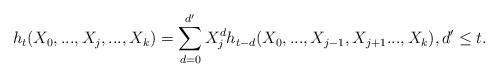
LaTeX: \begin{align*}h_t(X_0, ..., X_j, ..., X_k) = \sum_{d=0}^{d^\prime} X_j^d h_{t-d}(X_0, ..., X_{j-1}, X_{j+1} ..., X_k), d^\prime \le t.\end{align*}